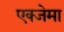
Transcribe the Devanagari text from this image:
एक्जेमा